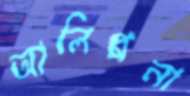
আলিপ্পনা